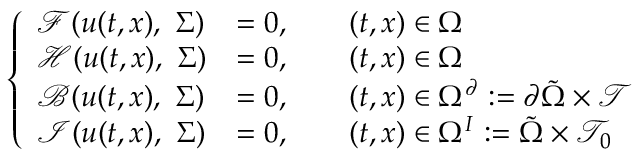
\left\{ \begin{array} { l l } { \mathcal { F } ( u ( t , x ) , \ \Sigma ) } & { = 0 , \qquad ( t , x ) \in \Omega } \\ { \mathcal { H } ( u ( t , x ) , \ \Sigma ) } & { = 0 , \qquad ( t , x ) \in \Omega } \\ { \mathcal { B } ( u ( t , x ) , \ \Sigma ) } & { = 0 , \qquad ( t , x ) \in \Omega ^ { \partial } : = \partial \tilde { \Omega } \times \mathcal { T } } \\ { \mathcal { I } ( u ( t , x ) , \ \Sigma ) } & { = 0 , \qquad ( t , x ) \in \Omega ^ { I } : = \tilde { \Omega } \times \mathcal { T } _ { 0 } } \end{array} \right.